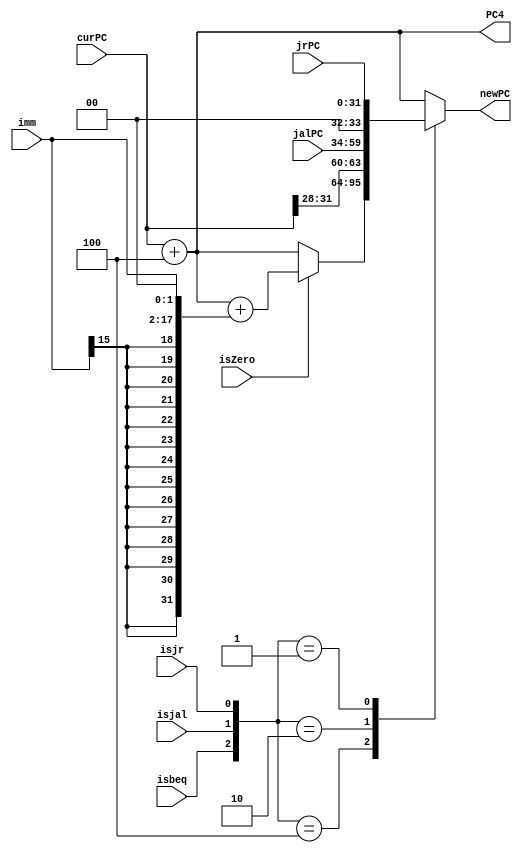
`timescale 1ns / 1ps
module npc(
           input [31:0] curPC,
           input isbeq,
           input isZero,
           input isjal,
           input [15:0] imm,
           input isjr,
           input [31:0] jrPC,
           input [25:0] jalPC,
           output reg [31:0] newPC,
           output reg [31:0] PC4
       );

always @(*) begin
	PC4 <= curPC + 4;
    case ({isbeq, isjal, isjr})
        3'b000: begin
            newPC <= curPC +4;
        end
        3'b100: begin
            if(isZero) begin
                newPC <= curPC + 4 + {{14{imm[15]}}, imm[15:0], 2'b00};
            end
            else
                newPC <= curPC + 4;
        end
        3'b010: begin
            PC4 <= curPC + 4;
            newPC <= {curPC[31:28], jalPC, 2'b00};
        end
        3'b001: begin
            newPC <= jrPC;
        end
        default:
            newPC <= curPC + 4;
    endcase
end

endmodule // npc